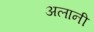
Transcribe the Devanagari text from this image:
अलानी